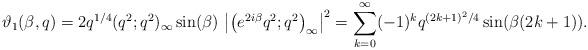
LaTeX: \begin{align*} \vartheta_{1}(\beta,q)=2q^{1/4}(q^{2};q^{2})_{\infty} \sin(\beta)\,\left|\left(e^{2i\beta}q^{2};q^{2}\right)_{\infty}\right|^{2} =\sum_{k=0}^{\infty}(-1)^{k}q^{(2k+1)^{2}/4}\sin(\beta(2k+1)). \end{align*}